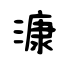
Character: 漮